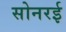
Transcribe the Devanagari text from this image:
सोनरई